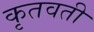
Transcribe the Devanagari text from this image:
कृतवती